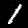
Digit: 1